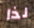
لذا